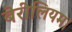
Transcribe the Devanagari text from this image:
बेरीलियम।